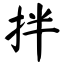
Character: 拌